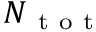
N _ { \mathrm { ~ t ~ o ~ t ~ } }